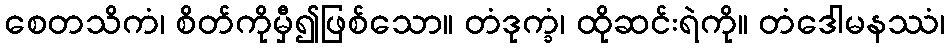
စေတသိကံ၊ စိတ်ကိုမှီ၍ဖြစ်သော။ တံဒုက္ခံ၊ ထိုဆင်းရဲကို။ တံဒေါမနဿံ၊